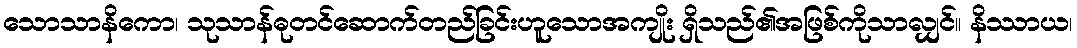
သောသာနိကော၊ သုသာန်ဓုတင်ဆောက်တည်ခြင်းဟူသောအကျိုး ရှိသည်၏အဖြစ်ကိုသာလျှင်။ နိဿာယ၊